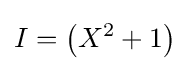
I=\left(X^{2}+1\right)